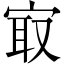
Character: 㝡